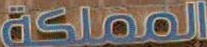
المملكة